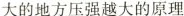
大的地方压强越大的原理